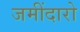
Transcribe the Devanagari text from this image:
जमींदारो